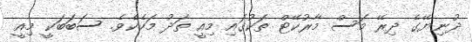
ދުނިޔޭގެ ދިރޭ މަސް މާރުކޭޓް ތަކުގައި މިއީ ތަދު މަހެކެވެ. ސަބަބަކީ މިއީ